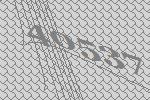
40537